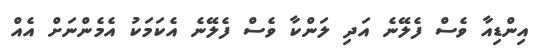
އިންޑިއާ ވެސް ފެލޭނެ އަދި ލަންކާ ވެސް ފެލޭނެ އެކަމަކު އެމެންނަށް އެއް